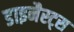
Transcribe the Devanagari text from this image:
डाइनैस्ट्स